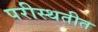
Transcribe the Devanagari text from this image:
परीस्थतीत